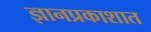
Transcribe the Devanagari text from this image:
ज्ञानप्रकाशात